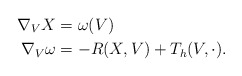
\begin{align*}\nabla_V X&=\omega (V)\\\nabla_V \omega &= -R(X, V) + T_h (V, \cdot).\end{align*}